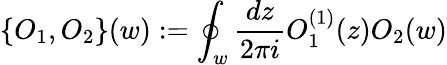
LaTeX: \{ O_{1},O_{2}\} (w):=\oint_{w}\frac{dz}{2\pi i}O_{1}^{(1)}(z)O_{2}(w)